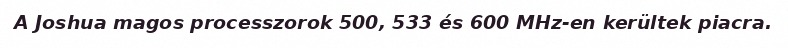
A Joshua magos processzorok 500, 533 és 600 MHz-en kerültek piacra.